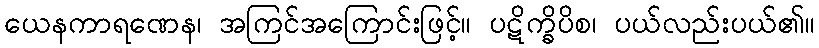
ယေနကာရဏေန၊ အကြင်အကြောင်းဖြင့်။ ပဋိက္ခိပိစ၊ ပယ်လည်းပယ်၏။